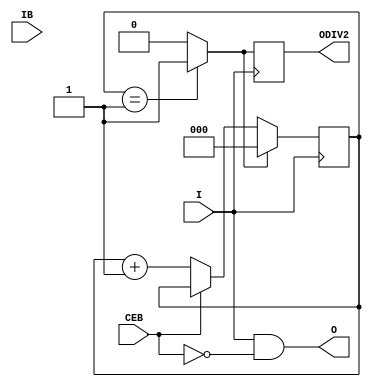
module IBUFDS_GTE2 (
    O,
    ODIV2,

    CEB,
    I,
    IB
    );
`ifdef XIL_TIMING
    parameter LOC = "UNPLACED";
`endif
    parameter CLKCM_CFG = "TRUE";
    parameter CLKRCV_TRST = "TRUE";
    parameter [1:0] CLKSWING_CFG = 2'b11;

    output O;
    output ODIV2;

    input CEB;
    input I;
    input IB;


// Output signals
    reg  O_out=0, ODIV2_out=0;

// Counters and Flags
    reg [2:0] ce_count = 1;
    reg [2:0] edge_count = 0;

    reg allEqual;

// Attribute settings

// Other signals
    reg clkcm_cfg_int = 0;
    reg clkrcv_trst_int = 0;
    reg clkswing_cfg_int = 0;

    reg [1:0] CLKSWING_CFG_BINARY;
    reg notifier;

    initial begin
        allEqual = 0;

//-------------------------------------------------
//----- CLKCM_CFG check
//-------------------------------------------------
        case (CLKCM_CFG)

            "FALSE" : clkcm_cfg_int <= 1'b0;
            "TRUE"  : clkcm_cfg_int <= 1'b1;
            default : begin
                          $display("Attribute Syntax Error : The attribute CLKCM_CFG on IBUFDS_GTE2 instance %m is set to %s.  Legal values for this attribute are FALSE or TRUE", CLKCM_CFG);
                          #1 $finish;
                      end

        endcase // case(CLKCM_CFG)

//-------------------------------------------------
//----- CLKRCV_TRST check
//-------------------------------------------------
        case (CLKRCV_TRST)

            "FALSE" : clkrcv_trst_int <= 1'b0;
            "TRUE"  : clkrcv_trst_int <= 1'b1;
            default : begin
                          $display("Attribute Syntax Error : The attribute CLKRCV_TRST on IBUFDS_GTE2 instance %m is set to %s.  Legal values for this attribute are FALSE or TRUE", CLKRCV_TRST);
                          #1 $finish;
                      end

        endcase // case(CLKRCV_TRST)

    end  // initial begin


// =====================
// Count the rising edges of the clk
// =====================
    always @(posedge I) begin
         if(allEqual)
             edge_count <= 3'b000;
          else
             if (CEB == 1'b0)
                 edge_count <= edge_count + 1;
     end

//  Generate synchronous reset after DIVIDE number of counts
    always @(edge_count)
        if (edge_count == ce_count)
           allEqual = 1;
        else
          allEqual = 0;

// =====================
// Generate ODIV2
// =====================
    always @(posedge I)
        ODIV2_out <= allEqual;

// =====================
// Generate O
// =====================
    always @(I)
        O_out <= I & ~CEB;


// =====================
// Outputs   
// =====================

    assign O  = O_out;
    assign ODIV2   = ODIV2_out;
    

    specify
`ifdef XIL_TIMING
       $period (posedge I, 0:0:0, notifier);
       $period (posedge IB, 0:0:0, notifier);
       ( I => O) = (100:100:100, 100:100:100);
       ( I => ODIV2) = (100:100:100, 100:100:100);
       ( IB => O) = (100:100:100, 100:100:100);
       ( IB => ODIV2) = (100:100:100, 100:100:100);
`endif
       specparam PATHPULSE$ = 0;

    endspecify

endmodule